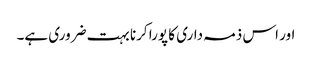
اور اس ذمہ داری کا پورا کرنا بہت ضروری ہے۔